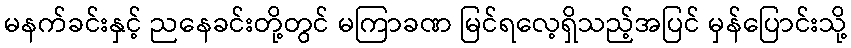
မနက်ခင်းနှင့် ညနေခင်းတို့တွင် မကြာခဏ မြင်ရလေ့ရှိသည့်အပြင် မှန်ပြောင်းသို့